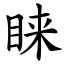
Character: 睐